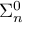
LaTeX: \Sigma _ { n } ^ { 0 }